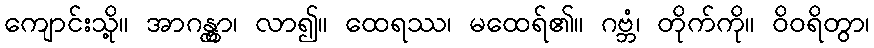
ကျောင်းသို့။ အာဂန္တွာ၊ လာ၍။ ထေရဿ၊ မထေရ်၏။ ဂဗ္ဘံ၊ တိုက်ကို။ ဝိဝရိတွာ၊